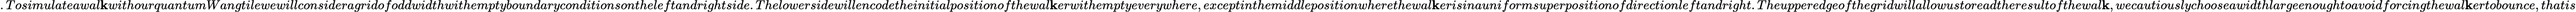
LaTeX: .Tosimulateawal\mathbf{k}withourquantumWangtilewewillconsideragridofoddwidthwithemptyboundaryconditionsontheleftandrightside.Thelowersidewillencodetheinitialpositionofthewal\mathbf{k}erwithemptyeverywhere,exceptinthemiddlepositionwherethewal\mathbf{k}erisinauniformsuperpositionofdirectionleftandright.Theupperedgeofthegridwillallowustoreadtheresultofthewal\mathbf{k},wecautiouslychooseawidthlargeenoughtoavoidforcingthewal\mathbf{k}ertobounce,thatis